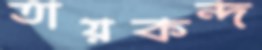
তায়কন্দ